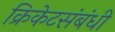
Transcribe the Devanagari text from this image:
क्रिकेटसंबंधी